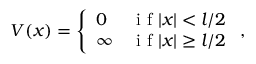
V ( x ) = \left\{ \begin{array} { l r } { 0 } & { \mathrm { ~ i ~ f ~ } | x | < l / 2 } \\ { \infty } & { \mathrm { ~ i ~ f ~ } | x | \ge l / 2 } \end{array} \right. ,